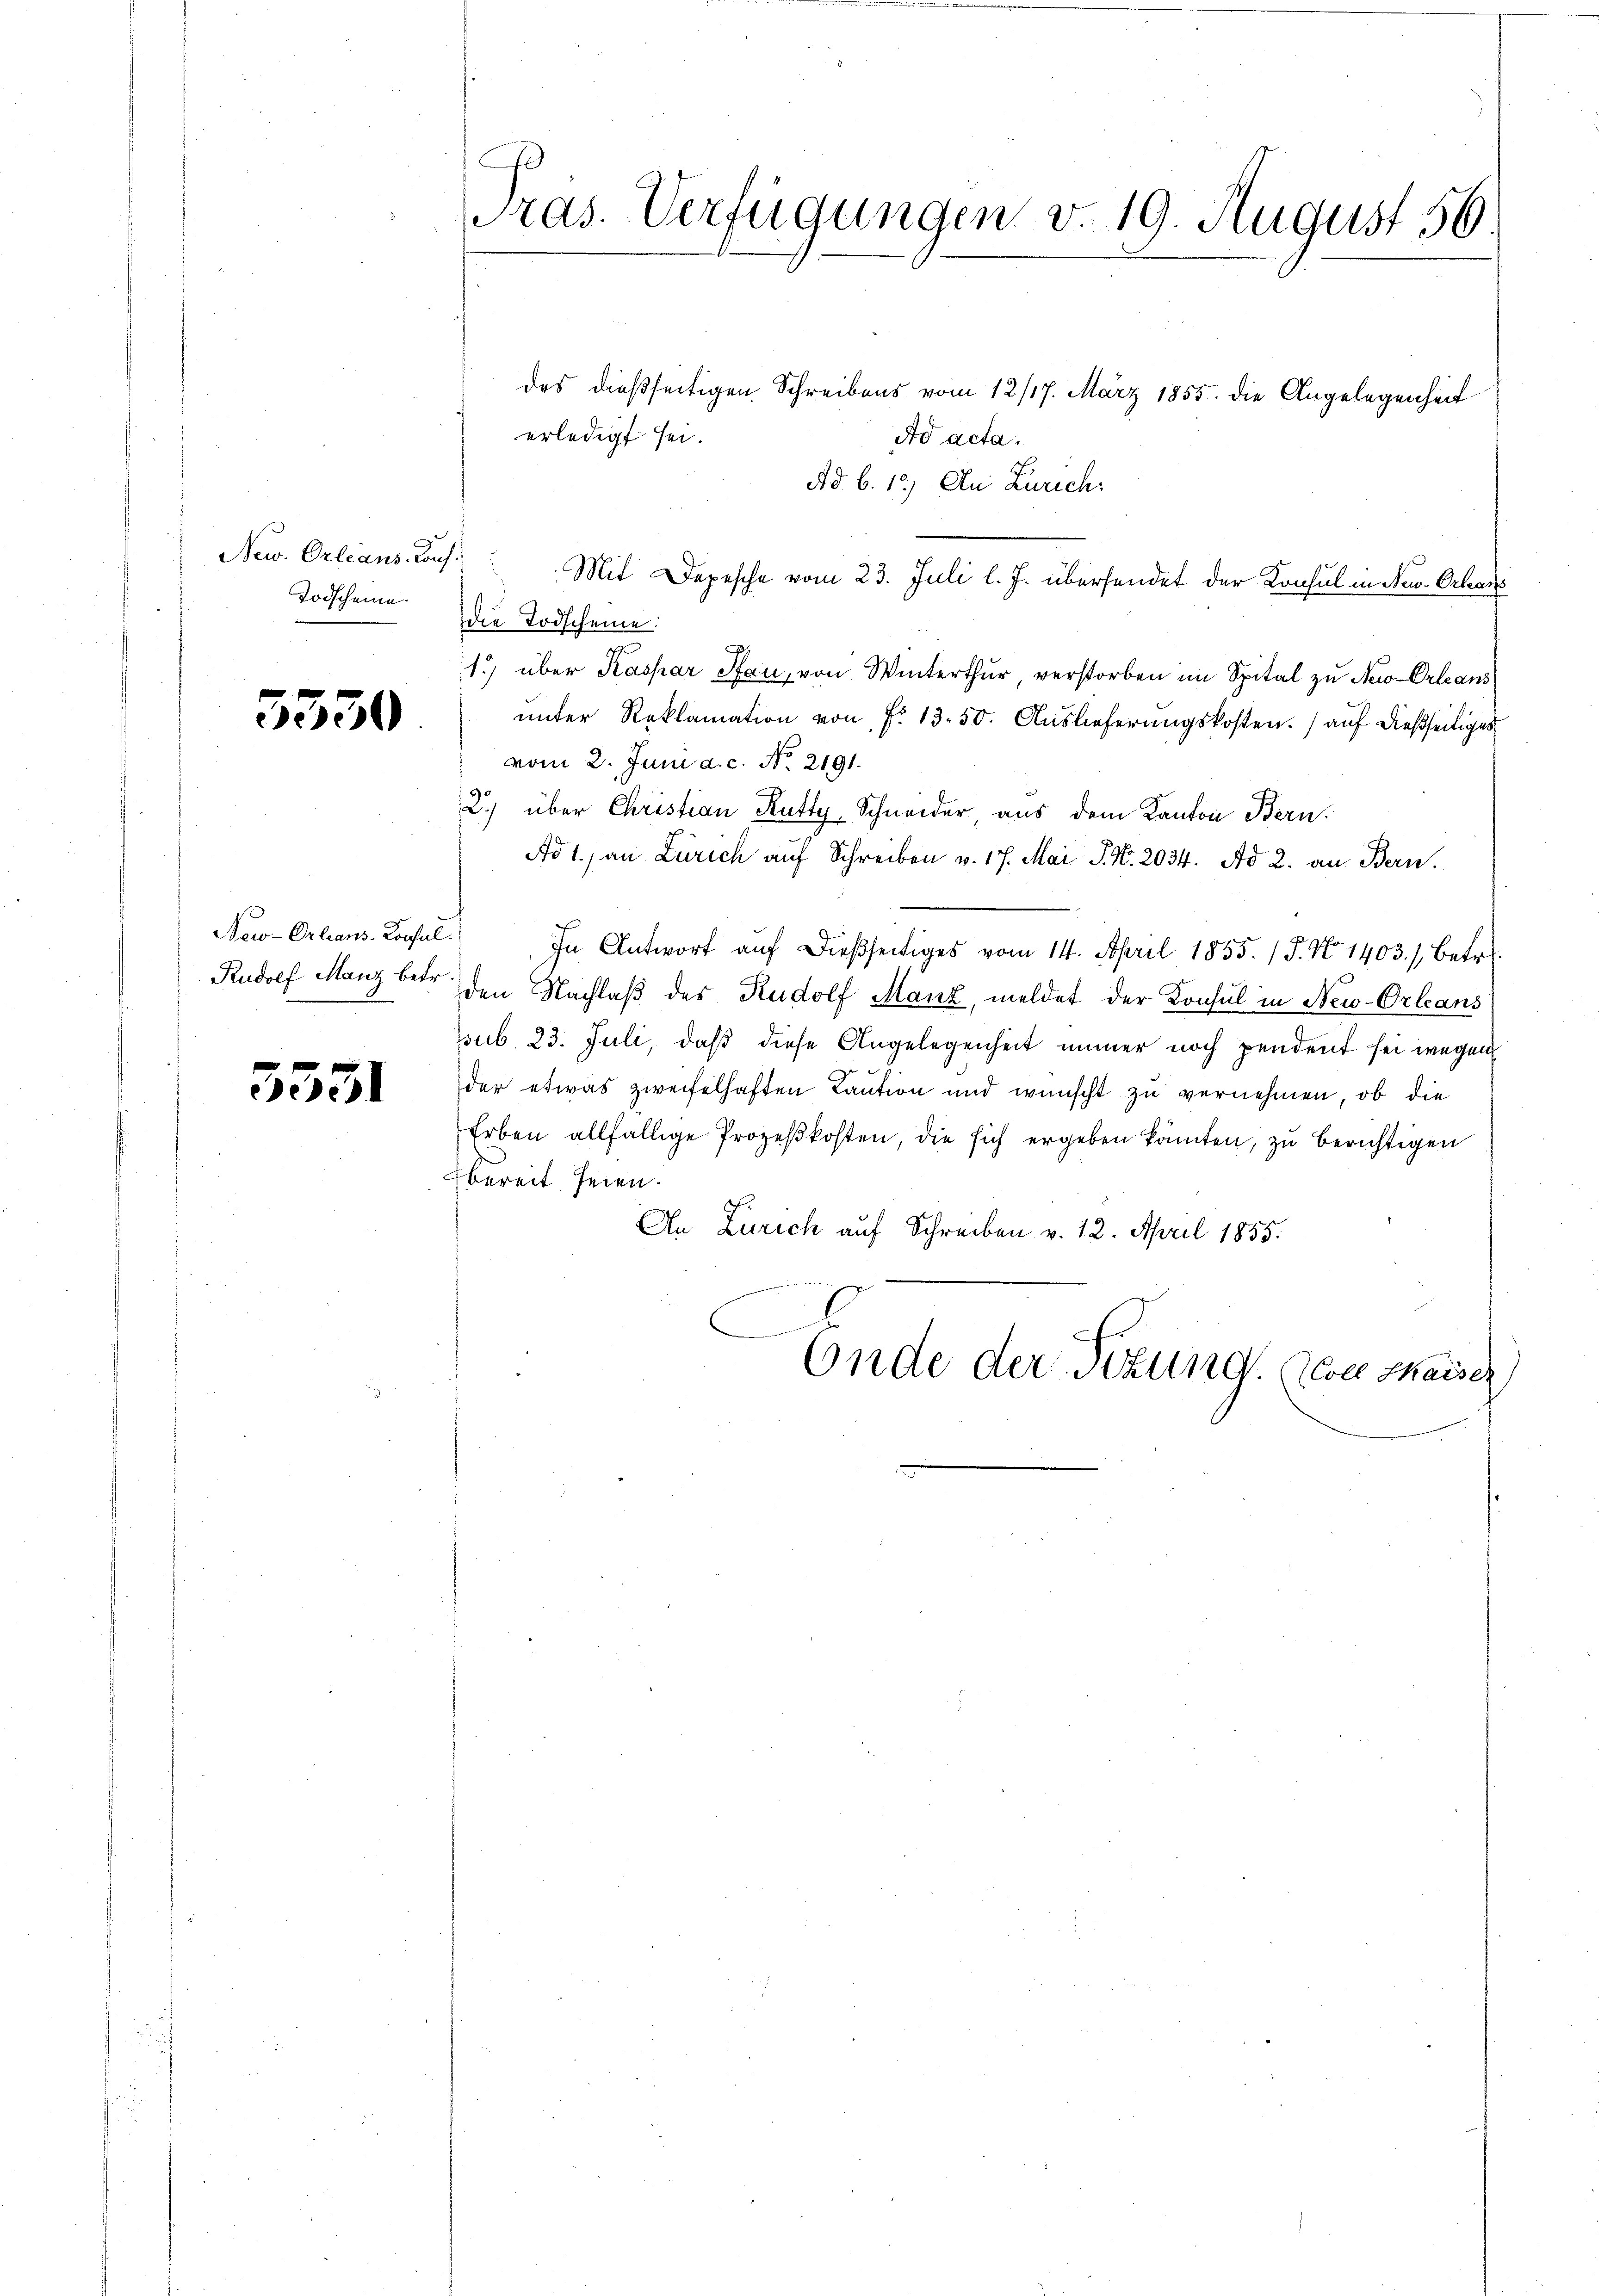
New. Orleans. Konf
Todscheine.

5550

Now-Orleans-Consul
Rudolf Manz betr.

5531

Pras. Verfügungen v. 19. August 56

des dießseitigen Schreibens vom 12/17. März 1855. die Angelegenheit
erledigt sei.
Ad acta.
Ad. b. 12) Au Zürich.
1.) Mit Depesche vom 23. Juli l. J. übersendet der Konsul in New-Orleans
1) über Kaspar Pfan, von Winterthur verstorben im Spital zu New-Orleans
unter Reklamation von f. 13. 50. Auslieferungskosten.) auf dießseitiges
vom 2. Juni a. c. No. 2191.
2) über Christian Rutty, Schneider aus dem Kanton Bern.
Ad 1., an Zürich auf Schreiben v. 17. Mai J. N. 2034. Ad 2. an Bern.
 In Antwort aŭf dießseitiges vom 14. April 1855. 15. No 1403.) Betr.
den Nachlaß des Rudolf Manz, meldet der Konsul in New-Orleans
sub 23. Juli, daß diese Angelegenheit immer noch pendent sei wegen
de
der etwas zweifelhaften Laution und wünscht zu vernehmen, ob die
Erben allfällige Prozeßkosten, die sich ergeben könnten, zu berichtigen
bereit seien.
An Zürich auf Schreiben v. 12. April 1855.
.
Ende der Sitzung. Die thaiser

die Todscheine: